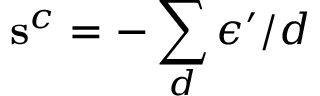
\mathbf { s } ^ { c } = - \sum _ { d } \epsilon ^ { \prime } / d